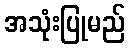
အသုံးပြုမည်